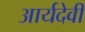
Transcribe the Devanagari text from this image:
आर्यदेवी